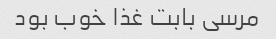
مرسی بابت غذا خوب بود